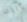
اياها